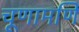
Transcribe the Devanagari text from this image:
चूणामणि